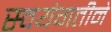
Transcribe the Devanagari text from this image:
स्वयंगतीने